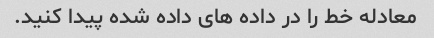
معادله خط را در داده های داده شده پیدا کنید.